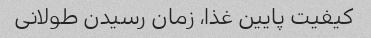
کیفیت پایین غذا، زمان رسیدن طولانی